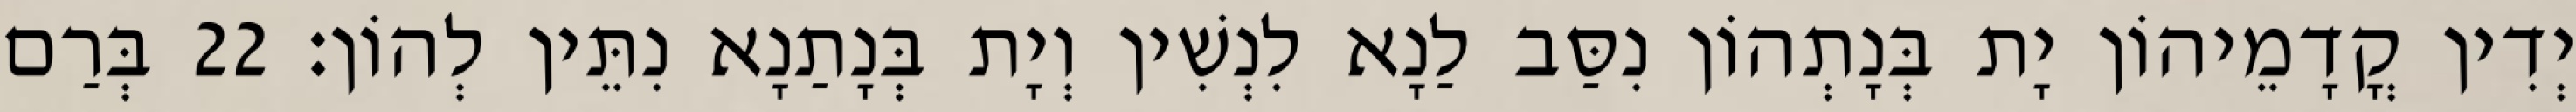
יְדִין קֳדָמֵיהוֹן יָת בְּנָתְהוֹן נִסַּב לַנָא לִנְשִׁין וְיָת בְּנָתַנָא נִתֵּין לְהוֹן׃ 22 בְּרַם